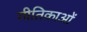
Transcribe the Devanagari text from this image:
गीतिकाओं